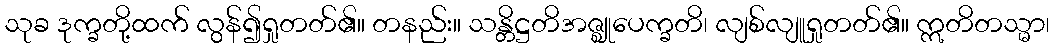
သုခ ဒုက္ခတို့ထက် လွန်၍ရှုတတ်၏။ တနည်း။ သန္တိဋ္ဌတိအဇ္ဈုပေက္ခတိ၊ လျစ်လျူရှုတတ်၏။ ဣတိတသ္မာ၊